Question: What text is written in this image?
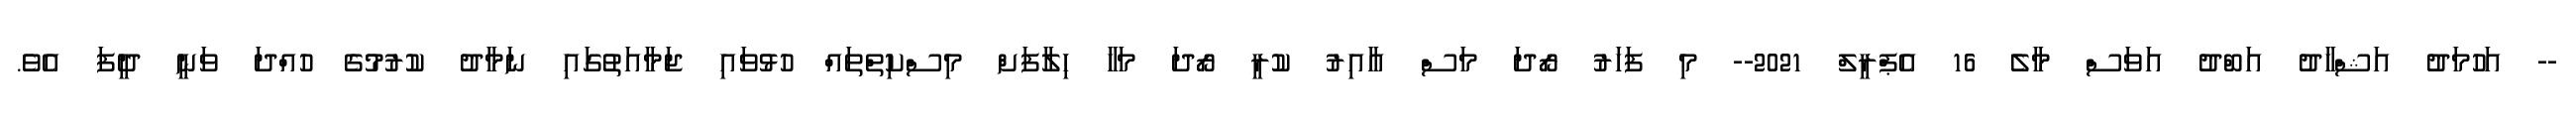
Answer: -- އަހުމަދު އަޝްހާދު އަބްދު އަވަސް މާލެ 16 އެޕްރީލް 2021-- މި ފަހަރު ރޯދަ މަސް އާއިރު ކުރީ ރޯދަ މަހާ ހިލާފަށް މިސްކިތްތައް ހުޅުވައި ޖަމާއަތުގައި ނަމާދު ކުރުމުގެ ހުއްދަ ވަނީ ދީފަ އެވެ.